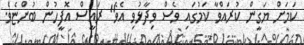
ކަމަށް ޔަގީން ކުރައްވާ ކަމުގައި ވެސް ވިދާޅުވި އެވެ" ރައީސް އޮފީހުން ބުންޏެވެ.